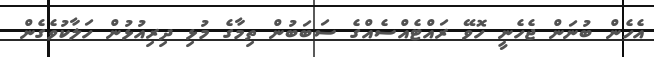
އެހެން ބުނަން ޖެހެނީ ހޮވޭ ރައްޓެއްސެއްގެ ސަބަބުން ތިމާގެ މުޅި ދިރިއުޅުން ހަލާކުވެގެން